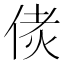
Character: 𠉻